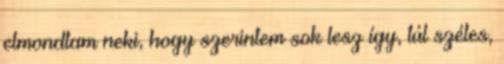
elmondtam neki, hogy szerintem sok lesz így, túl széles,